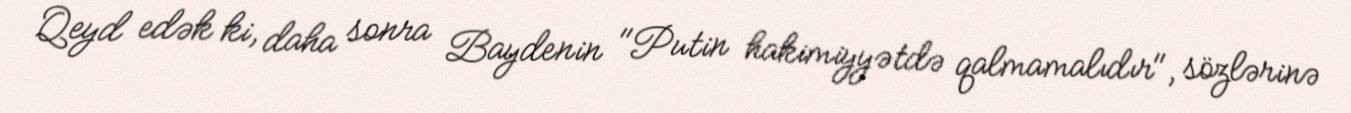
Qeyd edək ki, daha sonra Baydenin "Putin hakimiyyətdə qalmamalıdır", sözlərinə